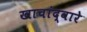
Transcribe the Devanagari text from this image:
खाचांद्वारे